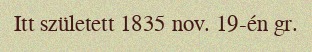
Itt született 1835 nov. 19-én gr.